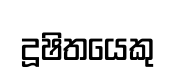
දූෂිතයෙකු